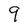
Character: 9